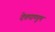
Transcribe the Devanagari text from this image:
देवपाण्डुम